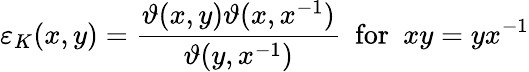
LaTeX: \varepsilon_{K}(x,y)=\frac{\vartheta(x,y)\vartheta(x,x^{-1})}{\vartheta(y,x^{-1})}\, \, \, \mathrm{for}\, \, \, xy=yx^{-1}